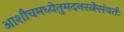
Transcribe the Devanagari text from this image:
आशौचमध्येतुमदनरत्नेसंवर्तः